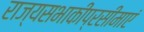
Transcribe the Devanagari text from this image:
राज्यसभाकीप्रसीमाएं